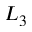
L _ { 3 }